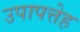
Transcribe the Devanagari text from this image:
उपापत्तेह